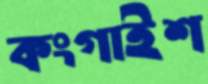
কংগাইশ